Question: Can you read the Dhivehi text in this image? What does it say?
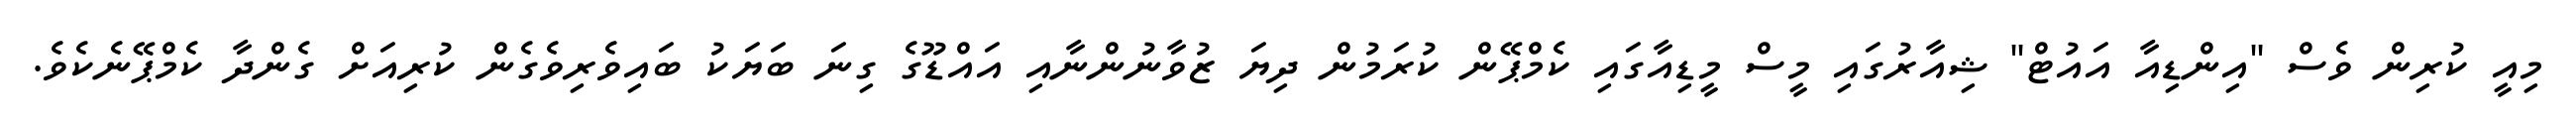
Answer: މިއީ ކުރިން ވެސް "އިންޑިއާ އައުޓް" ޝިއާރުގައި މީސް މީޑިއާގައި ކެމްޕޭން ކުރަމުން ދިޔަ ޒުވާނުންނާއި އައްޑޫގެ ގިނަ ބަޔަކު ބައިވެރިވެގެން ކުރިއަށް ގެންދާ ކެމްޕޭނެކެވެ.